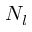
N _ { l }